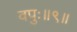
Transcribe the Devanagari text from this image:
वपुः॥९॥